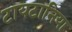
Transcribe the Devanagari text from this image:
टायटानिया